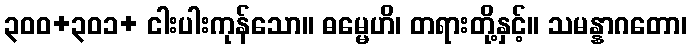
၃၀၀+၃၀၁+ ငါးပါးကုန်သော။ ဓမ္မေဟိ၊ တရားတို့နှင့်။ သမန္နာဂတော၊